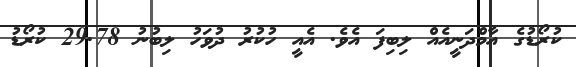
ކުރޯޑުގެ އާމްދަނީއެއް ލިބިފަ އެވެ. އެއީ ހުކުރު ދުވަހު ލިބުނު 29.78 ކުރޯޑު